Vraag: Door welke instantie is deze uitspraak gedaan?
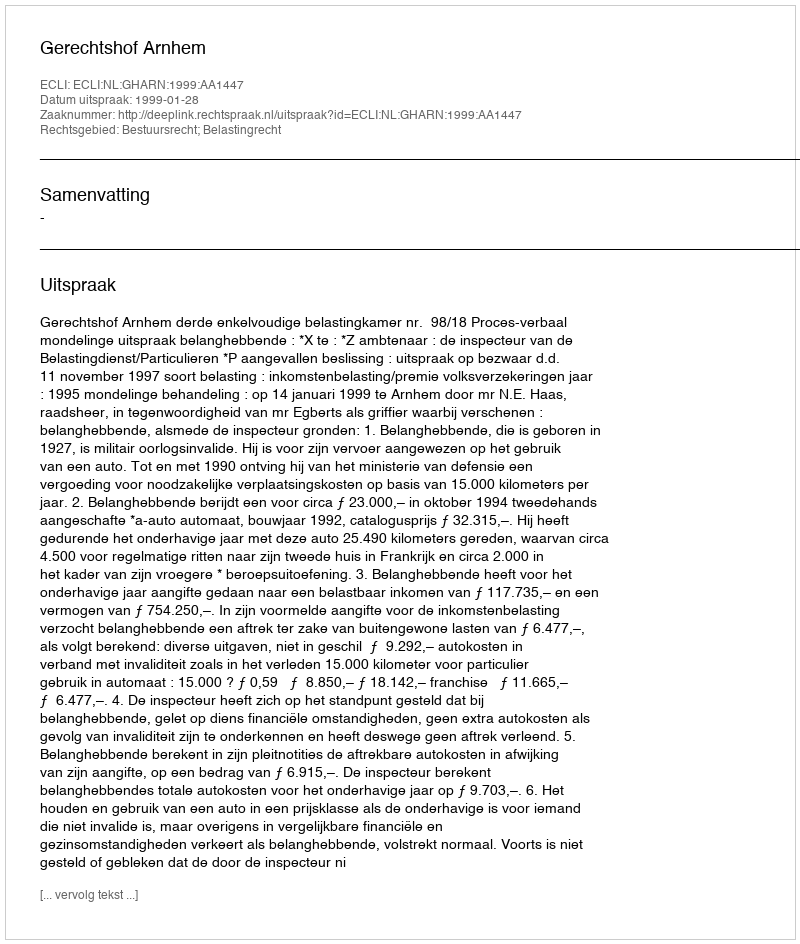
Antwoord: Gerechtshof Arnhem